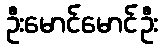
ဦးမောင်မောင်ဦး